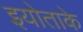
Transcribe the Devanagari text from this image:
इयोताके